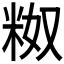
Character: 𬖗